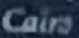
Cairo